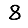
Digit: 8